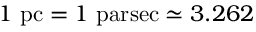
1 \ \mathrm { p c } = 1 \ \mathrm { p a r s e c } \simeq 3 . 2 6 2